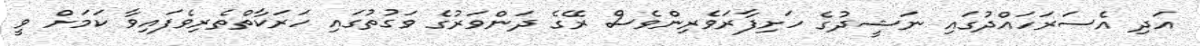
އަދި އެސަރަހައްދުގައި ނަޝީދުގެ ހަށިފާރަވެރިންވެސް ރޭގެ ދަންވަރުގެ ވަގުތުގައި ހަރަކާތްތެރިވެފައިވާ ކަމަށް ވީ